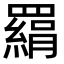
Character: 羂